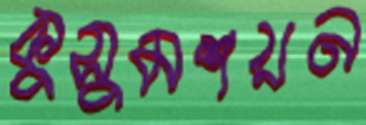
কুসুমশয়ন